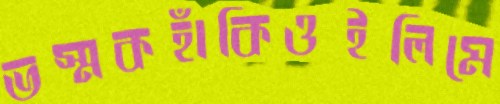
ভস্মকহাঁকিওইলিমে